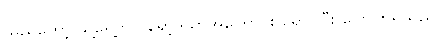
သည်တော့ သူ့ရှေ့တွင် ရော့ဒ်ယာအကြောင်း ရှောင်ပြီး ပြောကြရသည်။